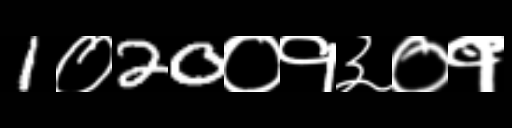
Text: 1०20०१३०१